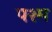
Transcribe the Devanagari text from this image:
पश्म